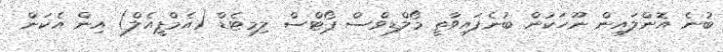
ބުނެ އޮންލައިން ނޫހަކުން ބުނެފައިވާތީ މޯލްޑިވްސް ޕޯޓްސް ލިމިޓެޑް (އެމްޕީއެލް) އިން އެކަން